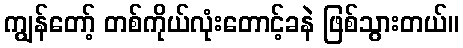
ကျွန်တော့် တစ်ကိုယ်လုံးတောင့်ခနဲ ဖြစ်သွားတယ်။